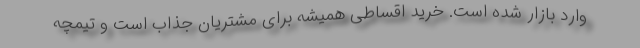
وارد بازار شده است. خرید اقساطی همیشه برای مشتریان جذاب است و تیمچه